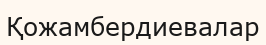
Қожамбердиевалар